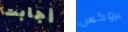
أجابت بروكس